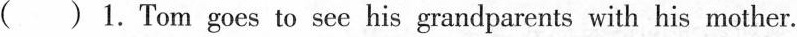
( ) 1. Tom goes to see his grandparents with his mother.